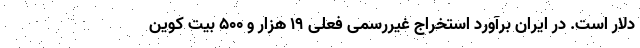
دلار است. در ایران برآورد استخراج غیررسمی فعلی ۱۹ هزار و ۵۰۰ بیت کوین